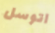
اتوسل